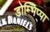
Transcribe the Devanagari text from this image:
डोम्भिप्पा